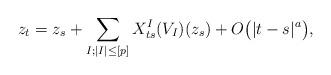
LaTeX: \begin{align*}z_t = z_s + \sum_{I;\vert I\vert \leq [p]} X^I_{ts}(V_I)(z_s) + O\big(\vert t-s\vert^a\big),\end{align*}